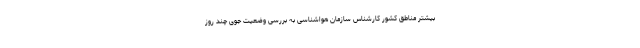
بیشتر مناطق کشور کارشناس سازمان هواشناسی به بررسی وضعیت جوی چند روز